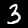
Digit: 3